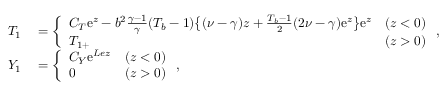
\begin{array} { r l } { { T } _ { 1 } } & { { } = \left\{ \begin{array} { l l l } { C _ { T } \mathrm { e } ^ { z } - b ^ { 2 } \frac { \gamma - 1 } { \gamma } ( T _ { b } - 1 ) \big \{ ( \nu - \gamma ) z + \frac { T _ { b } - 1 } { 2 } ( 2 \nu - \gamma ) \mathrm { e } ^ { z } \big \} \mathrm { e } ^ { z } } & { ( z < 0 ) } \\ { { T } _ { 1 + } } & { ( z > 0 ) } \end{array} \right. , } \\ { { Y } _ { 1 } } & { { } = \left\{ \begin{array} { l l l } { C _ { Y } \mathrm { e } ^ { L e z } } & { ( z < 0 ) } \\ { 0 } & { ( z > 0 ) } \end{array} \right. , } \end{array}